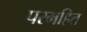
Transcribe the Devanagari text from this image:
परमहित